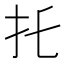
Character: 𢩺